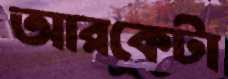
আরকেটা